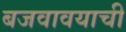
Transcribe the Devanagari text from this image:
बजवावयाची